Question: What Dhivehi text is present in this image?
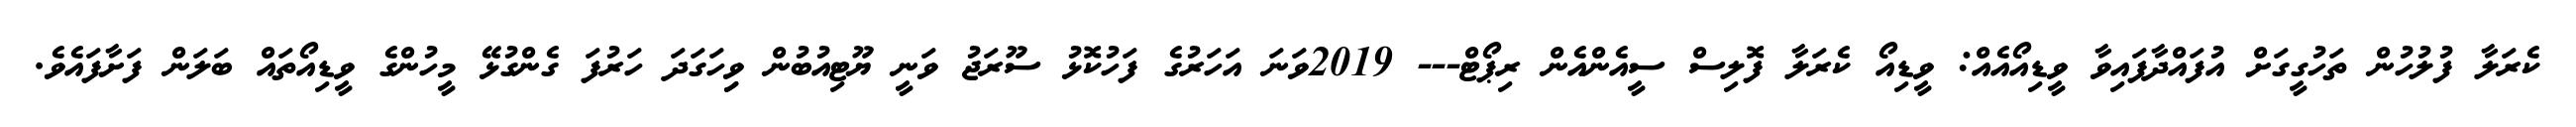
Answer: ކެރަލާ ފުލުހުން ތަހުގީގަށް އުފައްދާފައިވާ ވީޑިއޯއެއް: ވީޑިއޯ ކެރަލާ ފޮލިސް ސީއެންއެން ރިޕޯޓް--- 2019ވަނަ އަހަރުގެ ފަހުކޮޅު ސޫރަޖު ވަނީ ޔޫޓިއުބުން ވިިހަގަދަ ހަރުފަ ގެންގުޅޭ މީހުންގެ ވީޑިއޯތައް ބަލަން ފަށާފައެވެ.